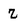
Character: Z